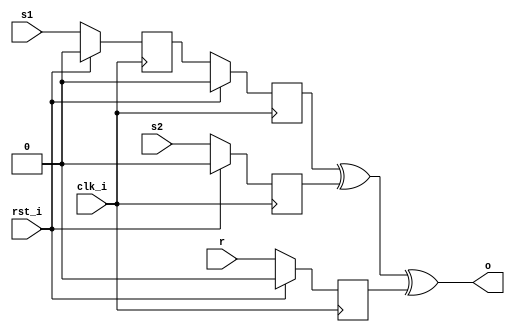
module example(clk_i, rst_i, 
    s1, s2, r, o
     );
    input clk_i; 
    input rst_i;
    input s1, s2, r;
    output o;
    
    (* extract_reset = "yes" *) reg flip1;
    (* extract_reset = "yes" *) reg flip2;
    (* extract_reset = "yes" *) reg flip3;
    (* extract_reset = "yes" *) reg flip4;
    
    
        always @(posedge clk_i) begin
            if (rst_i) begin
                flip1 <= 1'b0;
                flip2 <= 1'b0;
                flip3 <= 1'b0;
                flip4 <= 1'b0;
            end else begin
                flip1 <= s1;
                flip2 <= s2;
                flip3 <= r;
                flip4 <= flip1;
            end      
        end
        
        assign o = flip4 ^ flip2 ^ flip3;
endmodule